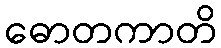
ဓောတကာတိ